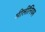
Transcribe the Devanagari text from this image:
मीलींनियम